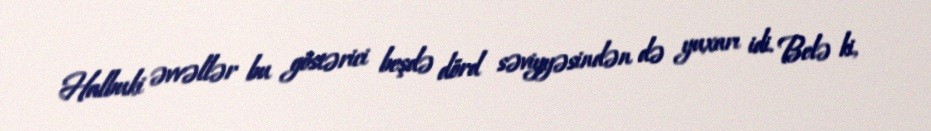
Halbuki əvvəllər bu göstərici beşdə dörd səviyyəsindən də yuxarı idi. Belə ki,